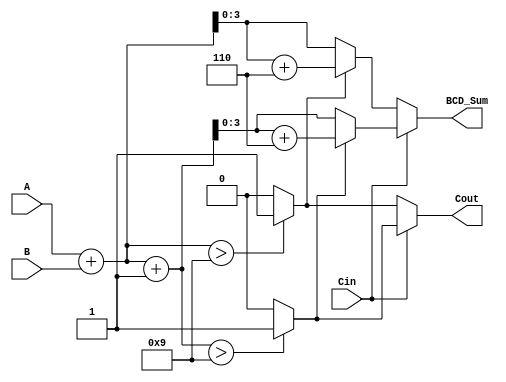
module BCD_Modified_Carry_Select_Adder (
    input [3:0] A,        // 4-bit BCD input A
    input [3:0] B,        // 4-bit BCD input B
    input Cin,            // Input carry
    output reg [3:0] BCD_Sum, // 4-bit BCD sum output
    output reg Cout       // Carry output
);

    wire [4:0] Sum0;      // Sum when Cin = 0
    wire [4:0] Sum1;      // Sum when Cin = 1
    wire [3:0] CorrectedSum0; // Corrected sum for Sum0
    wire [3:0] CorrectedSum1; // Corrected sum for Sum1
    wire CarryFlag0;      // Carry flag for Sum0
    wire CarryFlag1;      // Carry flag for Sum1

    // Initial binary addition
    assign Sum0 = A + B; // Sum when Cin = 0
    assign Sum1 = A + B + 1; // Sum when Cin = 1

    // BCD correction logic
    assign CarryFlag0 = (Sum0 > 4'b1001) ? 1'b1 : 1'b0; // Check if Sum0 exceeds BCD limit
    assign CarryFlag1 = (Sum1 > 4'b1001) ? 1'b1 : 1'b0; // Check if Sum1 exceeds BCD limit

    // Correct the sums if they exceed BCD limit
    assign CorrectedSum0 = CarryFlag0 ? (Sum0 + 4'b0110) : Sum0[3:0]; // Add 6 if needed
    assign CorrectedSum1 = CarryFlag1 ? (Sum1 + 4'b0110) : Sum1[3:0]; // Add 6 if needed

    // Select the final sum based on the carry input
    always @(*) begin
        if (Cin == 1'b0) begin
            BCD_Sum = CorrectedSum0;
            Cout = CarryFlag0; // Carry out for Sum0
        end else begin
            BCD_Sum = CorrectedSum1;
            Cout = CarryFlag1; // Carry out for Sum1
        end
    end

endmodule